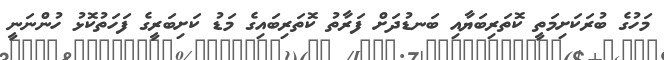
މަހުގެ ބުރަކަށިމަތީ ކޮތަރިބަޔާއި ބަނޑުދަށް ފަރާތު ކޮތަރިބައިގެ މަޑު ކަށިބަރީގެ ފަހަތުކޮޅު ހުންނަނީ